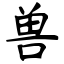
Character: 兽